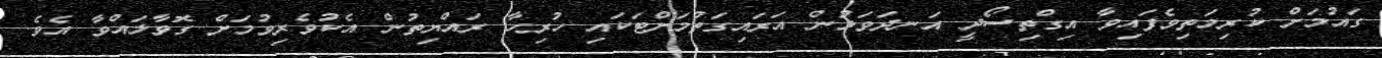
ގައުމަށް ކުރިމަތިވެފައިވާ އިގްތިސޯދީ އަނދަވަޅުން އަރައިގަތުމަށްޓަކައި ހުރިހާ ރައްޔިތުން އެކުވެރިވުމަށް ގޮވާލައްވާ އެވެ.